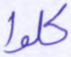
كلوا